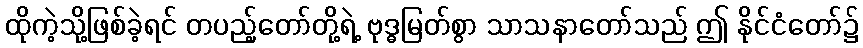
ထိုကဲ့သို့ဖြစ်ခဲ့ရင် တပည့်တော်တို့ရဲ့ ဗုဒ္ဓမြတ်စွာ သာသနာတော်သည် ဤ နိုင်ငံတော်၌